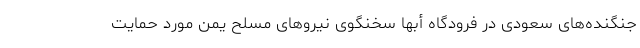
جنگنده‌های سعودی در فرودگاه أبها سخنگوی نیروهای مسلح یمن مورد حمایت